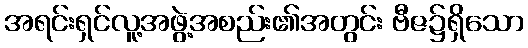
အရင်းရှင်လူ့အဖွဲ့အစည်း၏အတွင်း ဗီဇ၌ရှိသော